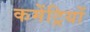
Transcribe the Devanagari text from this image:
कमेंट्रियों